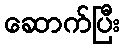
ဆောက်ပြီး